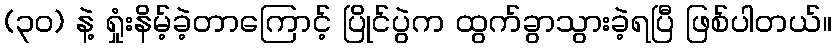
(၃ဝ) နဲ့ ရှုံးနိမ့်ခဲ့တာကြောင့် ပြိုင်ပွဲက ထွက်ခွာသွားခဲ့ရပြီ ဖြစ်ပါတယ်။